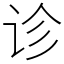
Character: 诊